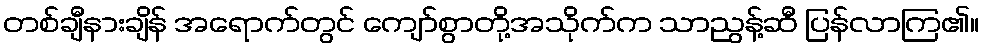
တစ်ချီနားချိန် အရောက်တွင် ကျော်စွာတို့အသိုက်က သာညွန့်ဆီ ပြန်လာကြ၏။